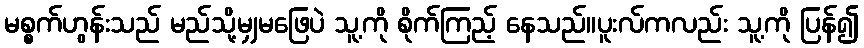
မစ္စက်ဟွန်းသည် မည်သို့မျှမဖြေပဲ သူ့ကို စိုက်ကြည့် နေသည်။ပူးလ်ကလည်း သူ့ကို ပြန်၍